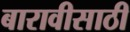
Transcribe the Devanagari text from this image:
बारावीसाठी